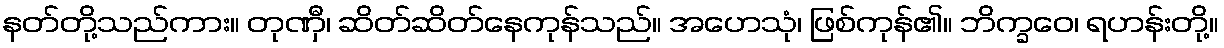
နတ်တို့သည်ကား။ တုဏှီ၊ ဆိတ်ဆိတ်နေကုန်သည်။ အဟေသုံ၊ ဖြစ်ကုန်၏။ ဘိက္ခဝေ၊ ရဟန်းတို့။